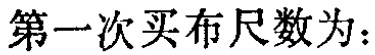
第一次买布尺数为：